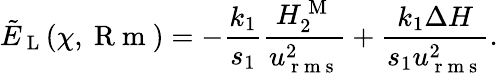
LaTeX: \tilde{E}_{\mathrm{~L~}}(\chi,\mathrm{~R~m~})=-\frac{k_{1}}{s_{1}}\frac{H_{2}^{\mathrm{~M~}}}{u_{\mathrm{~r~m~s~}}^{2}}+\frac{k_{1}\Delta H}{s_{1}u_{\mathrm{~r~m~s~}}^{2}}.